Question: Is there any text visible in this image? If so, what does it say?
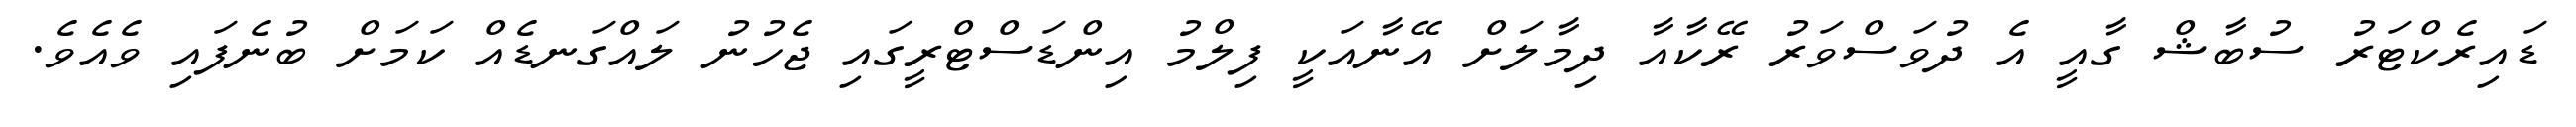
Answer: ޑައިރެކްޓަރު ސުބާޝް ގާއީ އެ ދުވަސްވަރު ރޭކާއާ ދިމާލަށް އޭނާއަކީ ފިލްމު އިންޑަސްޓްރީގައި ޖެހުނު ލައްގަނޑެއް ކަމަށް ބުނެފައި ވެއެވެ.